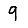
Digit: 9